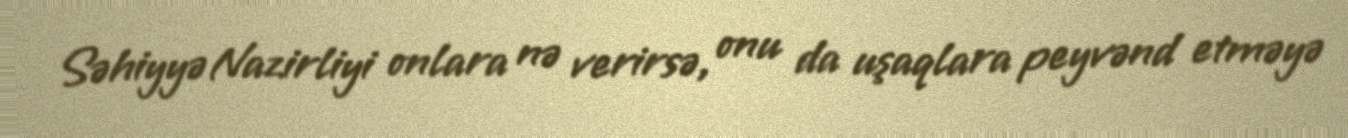
Səhiyyə Nazirliyi onlara nə verirsə, onu da uşaqlara peyvənd etməyə